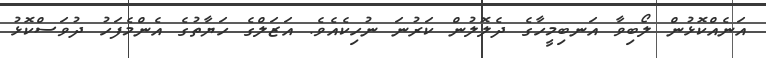
އަނެއްކޮޅުން ލޯބިވާ އަނބިމީހާގެ ދެލޮލުން ކަރުނަ ނުހިކެއެވެ. އަޒަލްގެ ހަޔާތުގެ އެންމެފަހު ދުވަސްކޮޅު